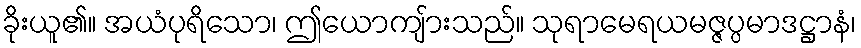
ခိုးယူ၏။ အယံပုရိသော၊ ဤယောကျ်ားသည်။ သုရာမေရယမဇ္ဇပ္ပမာဒဋ္ဌာနံ၊